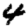
Digit: 4